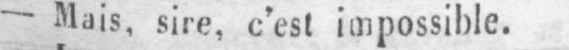
- Mais, sire, c’est impossible.